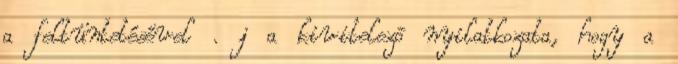
a feltüntetésével . j a kivitelezõ nyilatkozata, hogy a